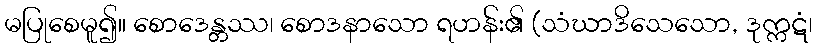
မပြုစေမူ၍။ စောဒေန္တဿ၊ စောဒနာသော ရဟန်း၏ (သံဃာဒိသေသော, ဒုက္ကဋံ၊